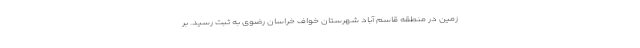
زمین در منطقه قاسم آباد شهرستان خواف خراسان ‌رضوی به ثبت رسید. بر